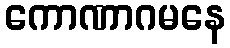
ကောဏာဂမနေ